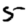
Digit: 5